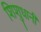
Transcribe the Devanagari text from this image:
शिशुधानी